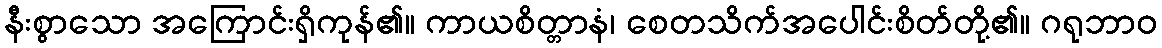
နီးစွာသော အကြောင်းရှိကုန်၏။ ကာယစိတ္တာနံ၊ စေတသိက်အပေါင်းစိတ်တို့၏။ ဂရုဘာဝ